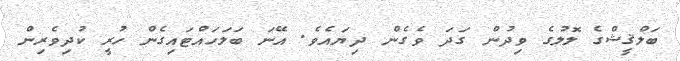
ބަލްޤީޝްގެ ލޮލުގެ ވިދުން ގަދަ ވެގެން ދިޔައެވެ. އޭނަ ބަލަހައްޓައިގެން ހުރީ ކުދިވެރިން